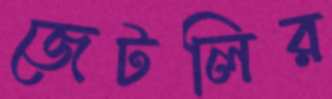
জেটলির